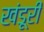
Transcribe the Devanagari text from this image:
खंडूरी